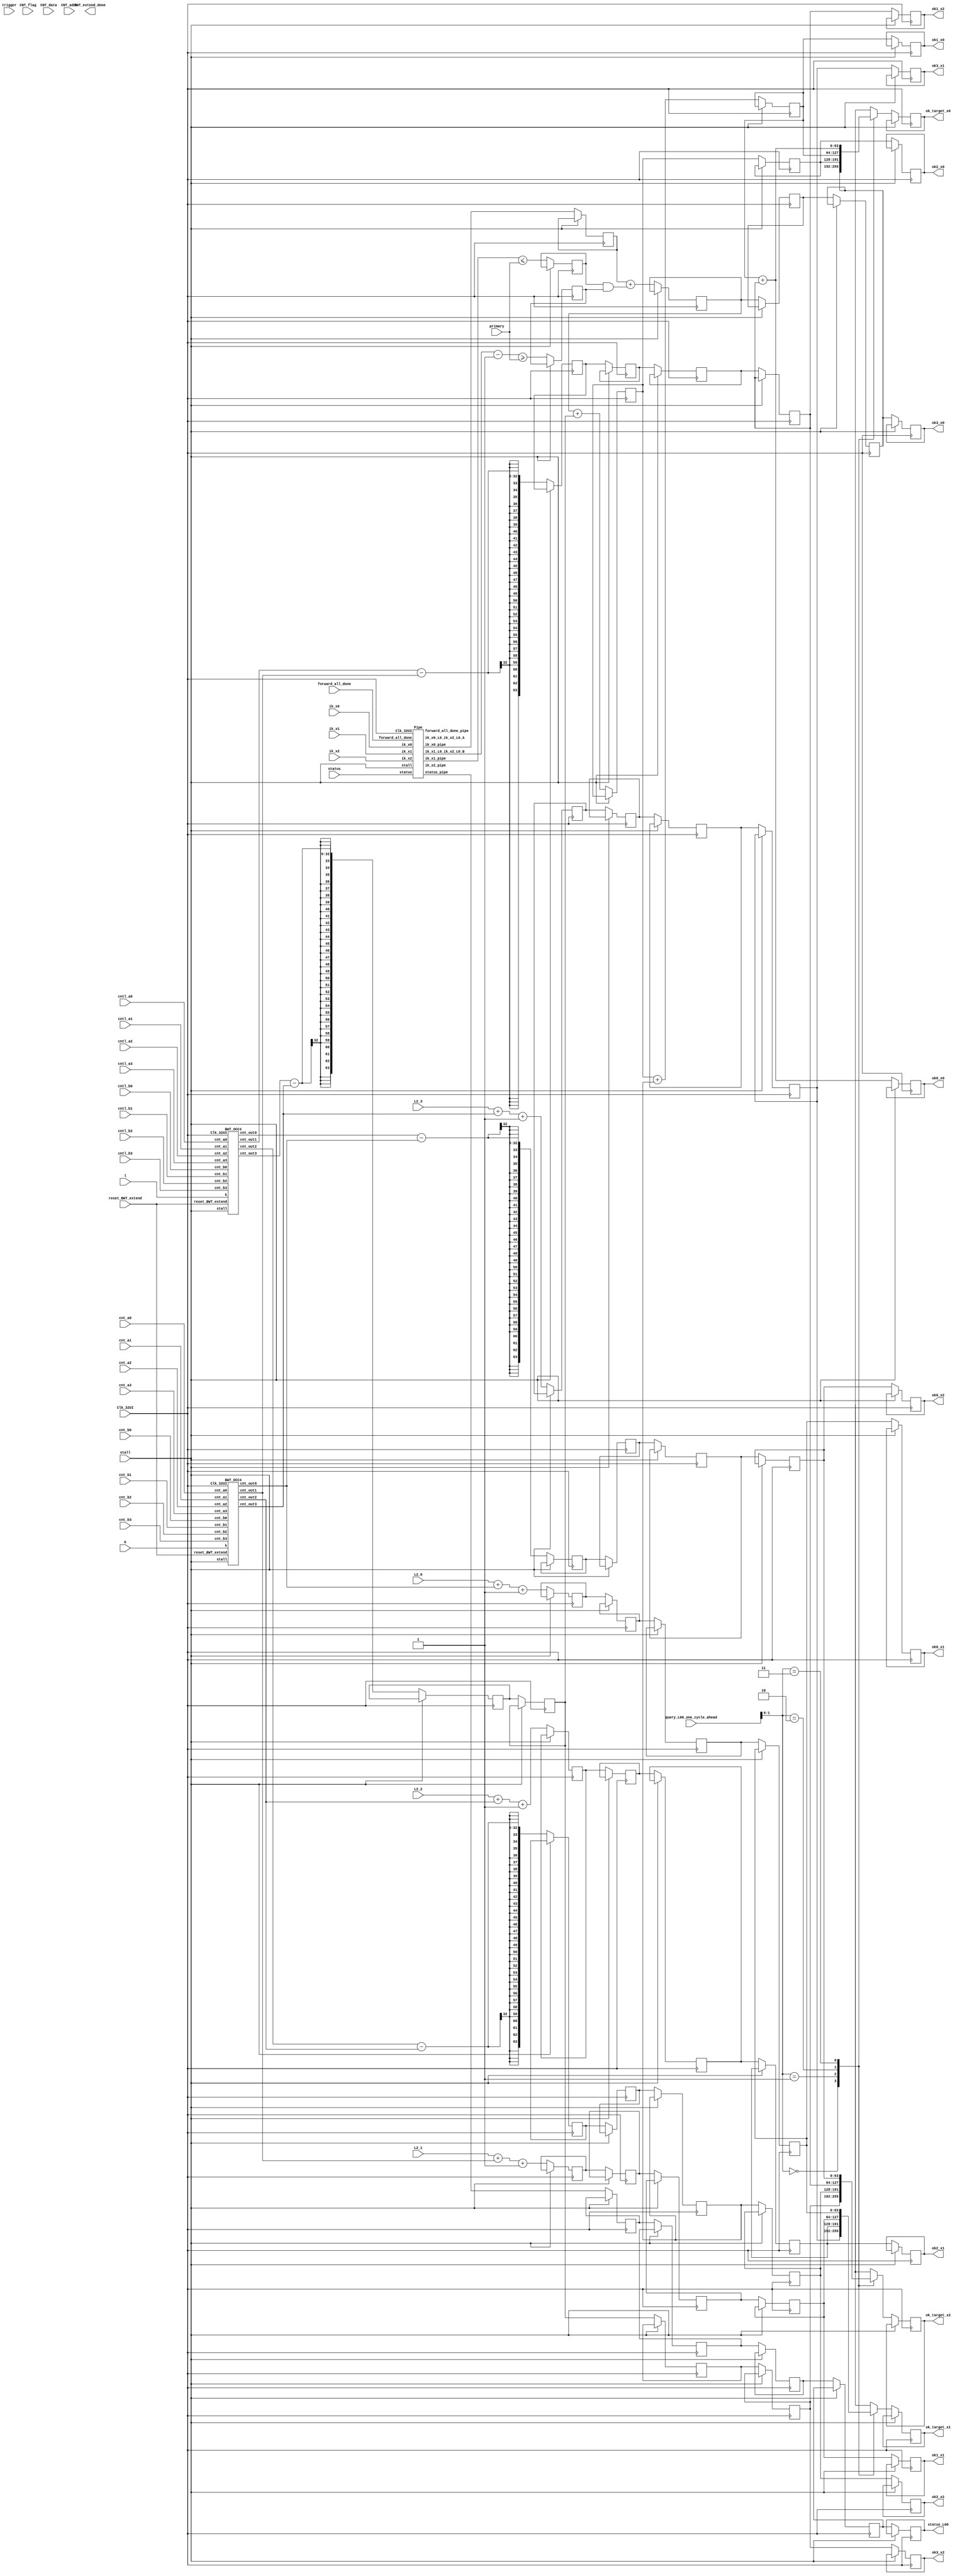
// 10.31 aims to decrease BWT_extend cycles

////////////////////////////////////////////////////
// BWT_extend                                     //
////////////////////////////////////////////////////

// input cnt+cntl(cntk & cntl), cntk is the 4 consecutive value from p : p = bwt_occ_intv(bwt, k);

// cntb0,1,2,3 are 4 consecutive p value request from bwt. calculating b from bwt
// for (x = 0; p < end; ++p) x += __occ_aux4(bwt, *p)

// ik the values and boundarys: ik_x0/ik_x1(start), + ik_x2 (end). also used when calculting ok
//k and l are boundary, should just be ik_x0 & ik_x0+ik_x2

//the request should just be the position of p = bwt_occ_intv(bwt, k);
// each calculation calculates the position of bwt's k and bwt's l, 
//and request the value following 4*64(4*cnt_a0)  +  use another 8 consecutive 32 BITS value. so in total 1CLs for 1 request.
//memcpy(cnt, p, 4 * sizeof(bwtint_t)); 
//	p +=  8
//	end = p + 4;
//L2:cumulative count
//request k and l ????????/

//output: ok

`define CL 512
`define MAX_READ 1024
`define READ_NUM_WIDTH 10

module BWT_extend(
	input stall,
	
	input [5:0] status,
	
	input Clk_32UI,
	input reset_BWT_extend, //reset
	input forward_all_done, 
	input CNT_flag,
	input [63:0] CNT_data,
	input [7:0]  CNT_addr,
	input trigger,
	input [63:0] primary, // fix value
	input [63:0] k,l,
	input [31:0] cnt_a0,cnt_a1,cnt_a2,cnt_a3,
	input [63:0] cnt_b0,cnt_b1,cnt_b2,cnt_b3,
	input [31:0] cntl_a0,cntl_a1,cntl_a2,cntl_a3,
	input [63:0] cntl_b0,cntl_b1,cntl_b2,cntl_b3,
	input [63:0] L2_0, L2_1, L2_2, L2_3, //fix value
	input [63:0] ik_x0, ik_x1, ik_x2,

	output reg BWT_extend_done,
	output reg [63:0] ok0_x0, ok0_x1, ok0_x2,
	output reg [63:0] ok1_x0, ok1_x1, ok1_x2,
	output reg [63:0] ok2_x0, ok2_x1, ok2_x2,
	output reg [63:0] ok3_x0, ok3_x1, ok3_x2,
	
	output reg [5:0] status_L00,
	
	input [7:0] query_L00_one_cycle_ahead,
	output reg [63:0] ok_target_x0, ok_target_x1, ok_target_x2
);

	parameter Len = 101;
	
	parameter F_init = 	6'b00_0001; // F_init will disable the forward pipeline
	parameter F_run =  	6'b00_0010;
	parameter F_break = 6'b00_0100;
	parameter BCK_INI = 6'b00_1000;	//100
	parameter BCK_RUN = 6'b01_0000;	//101
	parameter BCK_END = 6'b10_0000;	//110
	parameter BUBBLE = 	6'b00_0000;
	
	wire finish_k, finish_l, BWT_2occ4_finish;
	wire [31:0] cnt_tk_out0,cnt_tk_out1,cnt_tk_out2,cnt_tk_out3;
	wire [31:0] cnt_tl_out0,cnt_tl_out1,cnt_tl_out2,cnt_tl_out3;

   
	BWT_OCC4 BWT_OCC4_k(
		.stall(stall),
		.reset_BWT_extend(reset_BWT_extend),
		.Clk_32UI       (Clk_32UI),
		.k              (k),
		.cnt_a0         (cnt_a0),
		.cnt_a1         (cnt_a1),
		.cnt_a2         (cnt_a2),
		.cnt_a3         (cnt_a3),
		.cnt_b0         (cnt_b0),
		.cnt_b1         (cnt_b1),
		.cnt_b2         (cnt_b2),
		.cnt_b3         (cnt_b3),
		.cnt_out0       (cnt_tk_out0),
		.cnt_out1       (cnt_tk_out1),
		.cnt_out2       (cnt_tk_out2),
		.cnt_out3       (cnt_tk_out3)
	);

	BWT_OCC4 BWT_OCC4_l(
		.stall(stall),
		.reset_BWT_extend(reset_BWT_extend),
		.Clk_32UI       (Clk_32UI),
		.k              (l),
		.cnt_a0         (cntl_a0),
		.cnt_a1         (cntl_a1),
		.cnt_a2         (cntl_a2),
		.cnt_a3         (cntl_a3),
		.cnt_b0         (cntl_b0),
		.cnt_b1         (cntl_b1),
		.cnt_b2         (cntl_b2),
		.cnt_b3         (cntl_b3),
		.cnt_out0       (cnt_tl_out0),
		.cnt_out1       (cnt_tl_out1),
		.cnt_out2       (cnt_tl_out2),
		.cnt_out3       (cnt_tl_out3)
	);
	
	//=================================================
	wire [63:0] ik_x0_L0, ik_x1_L0, ik_x2_L0;
	wire [63:0] ik_x0_L0_ik_x2_L0_A;
	wire [63:0] ik_x1_L0_ik_x2_L0_B;
	reg  [63:0] ik_x0_L1, ik_x1_L1, ik_x2_L1;
	
	wire forward_all_done_L0;
	reg forward_all_done_L1;
	reg forward_all_done_L2;
	reg forward_all_done_L3;
	reg forward_all_done_L4;
	
	wire [5:0] status_L0;
	reg  [5:0] status_L1, status_L2, status_L3, status_L4;
	
	Pipe pipe(
		.stall(stall),
		.Clk_32UI(Clk_32UI),
		
		.ik_x0(ik_x0),
		.ik_x1(ik_x1),
		.ik_x2(ik_x2),
		.forward_all_done(forward_all_done),
		.status(status),
		
		.ik_x0_pipe(ik_x0_L0),
		.ik_x1_pipe(ik_x1_L0),
		.ik_x2_pipe(ik_x2_L0),
		.ik_x0_L0_ik_x2_L0_A(ik_x0_L0_ik_x2_L0_A),
		.ik_x1_L0_ik_x2_L0_B(ik_x1_L0_ik_x2_L0_B),
		.forward_all_done_pipe(forward_all_done_L0),		
		.status_pipe(status_L0)
	);
	
	reg [63:0] ok0_x2_L1, ok1_x2_L1, ok2_x2_L1, ok3_x2_L1;
	reg [63:0] ok0_x2_L2, ok1_x2_L2, ok2_x2_L2, ok3_x2_L2;
	reg [63:0] ok0_x2_L3, ok1_x2_L3, ok2_x2_L3, ok3_x2_L3;
	reg [63:0] ok0_x2_L4, ok1_x2_L4, ok2_x2_L4, ok3_x2_L4;
	
	reg [63:0] ok0_x1_L1, ok1_x1_L1, ok2_x1_L1, ok3_x1_L1;
	reg [63:0] ok0_x1_L2, ok1_x1_L2, ok2_x1_L2, ok3_x1_L2;
	reg [63:0] ok0_x1_L3, ok1_x1_L3, ok2_x1_L3, ok3_x1_L3;
	reg [63:0] ok0_x1_L4, ok1_x1_L4, ok2_x1_L4, ok3_x1_L4;
	
	reg [63:0] ok0_x0_L1, ok1_x0_L1, ok2_x0_L1, ok3_x0_L1;
	reg [63:0] ok0_x0_L2, ok1_x0_L2, ok2_x0_L2, ok3_x0_L2;
	reg [63:0] ok0_x0_L3, ok1_x0_L3, ok2_x0_L3, ok3_x0_L3;
	reg [63:0] ok0_x0_L4, ok1_x0_L4, ok2_x0_L4, ok3_x0_L4;
	
	wire [63:0] primary_add_1 = primary + 1;
	reg is_x1_add_A, is_x1_add_B, is_x0_add_C, is_x0_add_D;
	
	// L1
	always@(posedge Clk_32UI) begin
	if(!stall) begin
		ok0_x2_L1 <= cnt_tl_out0 - cnt_tk_out0;
		ok1_x2_L1 <= cnt_tl_out1 - cnt_tk_out1;
		ok2_x2_L1 <= cnt_tl_out2 - cnt_tk_out2;
		ok3_x2_L1 <= cnt_tl_out3 - cnt_tk_out3;   
		

			ok0_x1_L1 <= L2_0 + cnt_tk_out0 + 1;
			ok1_x1_L1 <= L2_1 + cnt_tk_out1 + 1;
			ok2_x1_L1 <= L2_2 + cnt_tk_out2 + 1;
			ok3_x1_L1 <= L2_3 + cnt_tk_out3 + 1;
			
			is_x0_add_C <= (ik_x1_L0 <= primary);
			is_x0_add_D <= (ik_x1_L0_ik_x2_L0_B - 1 >= primary);
		
		ik_x1_L1 <= ik_x1_L0;
		ik_x0_L1 <= ik_x0_L0;
		forward_all_done_L1 <= forward_all_done_L0;
		status_L1 <= status_L0;
	end
	end
	//L2
	always@(posedge Clk_32UI) begin
	if(!stall) begin

		
			ok3_x0_L2 <= ik_x0_L1 + (is_x0_add_C & is_x0_add_D);
			
			ok0_x1_L2 <= ok0_x1_L1;
			ok1_x1_L2 <= ok1_x1_L1;
			ok2_x1_L2 <= ok2_x1_L1;
			ok3_x1_L2 <= ok3_x1_L1;
		
		
		forward_all_done_L2 <= forward_all_done_L1;
		ok0_x2_L2 <= ok0_x2_L1;
		ok1_x2_L2 <= ok1_x2_L1;
		ok2_x2_L2 <= ok2_x2_L1;
		ok3_x2_L2 <= ok3_x2_L1;   
		status_L2 <= status_L1;
	end
	end
	
	//L3
	always@(posedge Clk_32UI) begin
	if(!stall) begin

			ok2_x0_L3 <= ok3_x0_L2 + ok3_x2_L2;
			
			ok3_x0_L3 <= ok3_x0_L2;
 			
			ok0_x1_L3 <= ok0_x1_L2;
			ok1_x1_L3 <= ok1_x1_L2;
			ok2_x1_L3 <= ok2_x1_L2;
			ok3_x1_L3 <= ok3_x1_L2;
		
		forward_all_done_L3 <= forward_all_done_L2;
		ok0_x2_L3 <= ok0_x2_L2;
		ok1_x2_L3 <= ok1_x2_L2;
		ok2_x2_L3 <= ok2_x2_L2;
		ok3_x2_L3 <= ok3_x2_L2;  
		status_L3 <= status_L2;		
	end
	end
	
	//L4
	always@(posedge Clk_32UI) begin
	if(!stall) begin

		
			ok1_x0_L4 <= ok2_x0_L3 + ok2_x2_L3;
			
			ok2_x0_L4 <= ok2_x0_L3;
			ok3_x0_L4 <= ok3_x0_L3;
			
			ok0_x1_L4 <= ok0_x1_L3;
			ok1_x1_L4 <= ok1_x1_L3;
			ok2_x1_L4 <= ok2_x1_L3;
			ok3_x1_L4 <= ok3_x1_L3;
		
		forward_all_done_L4 <= forward_all_done_L3;
		ok0_x2_L4 <= ok0_x2_L3;
		ok1_x2_L4 <= ok1_x2_L3;
		ok2_x2_L4 <= ok2_x2_L3;
		ok3_x2_L4 <= ok3_x2_L3;   
		status_L4 <= status_L3;
	end
	end
	//L5
	always@(posedge Clk_32UI) begin
	if(!stall) begin

		
			ok0_x0 <= ok1_x0_L4 + ok1_x2_L4;
			ok1_x0 <= ok1_x0_L4;
			ok2_x0 <= ok2_x0_L4;
			ok3_x0 <= ok3_x0_L4;
			
			ok0_x1 <= ok0_x1_L4;
			ok1_x1 <= ok1_x1_L4;
			ok2_x1 <= ok2_x1_L4;
			ok3_x1 <= ok3_x1_L4;
		
		ok0_x2 <= ok0_x2_L4;
		ok1_x2 <= ok1_x2_L4;
		ok2_x2 <= ok2_x2_L4;
		ok3_x2 <= ok3_x2_L4;   
		status_L00 <= status_L4;
		
		case(query_L00_one_cycle_ahead[1:0])
			0:begin
				ok_target_x0 <= ok3_x0_L4;
				ok_target_x1 <= ok3_x1_L4;
				ok_target_x2 <= ok3_x2_L4;
			end
			
			1:begin
				ok_target_x0 <= ok2_x0_L4;
				ok_target_x1 <= ok2_x1_L4;
				ok_target_x2 <= ok2_x2_L4;
;
			end
			
			2:begin
				ok_target_x0 <= ok1_x0_L4;
				ok_target_x1 <= ok1_x1_L4;
				ok_target_x2 <= ok1_x2_L4;
			end
			
			3:begin
				ok_target_x0 <= ok1_x0_L4 + ok1_x2_L4;
				ok_target_x1 <= ok0_x1_L4;
				ok_target_x2 <= ok0_x2_L4;
			end
		endcase
	end
	end
endmodule

///////////////////////////////////////////////////////////////////////////////////
//true_dpram_sclk is for CNT table
//push_mem is to store result, mem_out
//quary queue should be the read?
///////////////////////////////////////////////////////////////////////////////////

////////////////////////////////////////////////////
// BWT_OCC4                                       //
////////////////////////////////////////////////////

//output is the the output of bwt_occ4: cnt[4]

module BWT_OCC4(
	input stall,
	input reset_BWT_extend,
   input Clk_32UI,

   input [63:0] k,
   input [31:0] cnt_a0,cnt_a1,cnt_a2,cnt_a3,
   input [63:0] cnt_b0,cnt_b1,cnt_b2,cnt_b3,

   output reg [31:0] cnt_out0,cnt_out1,cnt_out2,cnt_out3
);


   

   wire [63:0] x_new_reg;
   wire [31:0] mask;
   
   reg [31:0] ram1[255:0];
   reg [31:0] ram2[255:0];
 
   reg[31:0] x_reg, x_licheng, x_licheng_q, x_licheng_r;
   reg [2:0] mem_counter_q,mem_counter_q1,mem_counter_q2;  
	
	//assign loop_times = k[6:4];
	assign mask = ~((1<<((~k & 15)<<1)) - 1);
	reg[31:0] tmp, tmp_q;
	
	//------------------------------------------------
	//level 1
	reg [63:0] k_L1;
	reg [31:0] cnt_a0_L1,cnt_a1_L1,cnt_a2_L1,cnt_a3_L1;
    reg [63:0] cnt_b0_L1,cnt_b1_L1,cnt_b2_L1,cnt_b3_L1;
	
	always@(*)
	begin
		case(k[6:4])
			3'd0: tmp = cnt_b0[31:0] & mask;
			3'd1: tmp = cnt_b0[63:32] & mask;
			3'd2: tmp = cnt_b1[31:0] & mask;
			3'd3: tmp = cnt_b1[63:32] & mask;
			3'd4: tmp = cnt_b2[31:0] & mask;
			3'd5: tmp = cnt_b2[63:32] & mask;
			3'd6: tmp = cnt_b3[31:0] & mask;
			3'd7: tmp = cnt_b3[63:32] & mask;
			default: tmp = 0;
		endcase
	end
	
	always@(posedge Clk_32UI) begin
	if(!stall) begin
		cnt_b0_L1 <= cnt_b0;
		
		cnt_a0_L1 <= cnt_a0;
		
		tmp_q <= tmp;
		
		k_L1 <= k;
		
		
		
		cnt_a1_L1 <= cnt_a1; 
		
		cnt_a2_L1 <= cnt_a2; 
		
		cnt_a3_L1 <= cnt_a3;
		
		 
		
		cnt_b1_L1 <= cnt_b1; 
		
		cnt_b2_L1 <= cnt_b2; 
		
		cnt_b3_L1 <= cnt_b3;
	end
	end
	//------------------------------------------------
	reg[31:0] sum1_r, sum2_r, sum3_r, sum4_r, sum5_r, sum6_r, sum7_r, sum8_r;
	
    reg[31:0] sum1, sum2, sum3, sum4, sum5, sum6, sum7, sum8;
	reg[31:0] sum1_q, sum2_q, sum3_q, sum4_q, sum5_q, sum6_q, sum7_q, sum8_q;
	reg[31:0] sum1_qq, sum2_qq, sum3_qq, sum4_qq, sum5_qq, sum6_qq, sum7_qq, sum8_qq;
	
	reg[31:0] sum1_1, sum2_1, sum3_1, sum4_1, sum5_1, sum6_1, sum7_1, sum8_1;
	reg[31:0] sum1_2, sum2_2, sum3_2, sum4_2, sum5_2, sum6_2, sum7_2, sum8_2;
	
	reg[31:0] sum1_1_q, sum2_1_q, sum3_1_q, sum4_1_q, sum5_1_q, sum6_1_q, sum7_1_q, sum8_1_q;
	reg[31:0] sum1_2_q, sum2_2_q, sum3_2_q, sum4_2_q, sum5_2_q, sum6_2_q, sum7_2_q, sum8_2_q;
	
	reg [63:0] k_L2;
	reg [31:0] cnt_a0_L2,cnt_a1_L2,cnt_a2_L2,cnt_a3_L2;
	
	//L2
	always@(*) begin
		sum1_1 = ram2[tmp_q[7:0]] + ram2[tmp_q[15:8]];
		sum1_2 = ram2[tmp_q[23:16]] + ram2[tmp_q[31:24]];
		
		sum2_1 = ram2[cnt_b0_L1[7:0]] + ram2[cnt_b0_L1[15:8]];
		sum2_2 = ram2[cnt_b0_L1[23:16]] + ram2[cnt_b0_L1[31:24]];
		
		sum3_1 = ram2[cnt_b0_L1[39:32]] + ram2[cnt_b0_L1[47:40]];
		sum3_2 = ram2[cnt_b0_L1[55:48]] + ram2[cnt_b0_L1[63:56]];
		
		sum4_1 = ram2[cnt_b1_L1[7:0]] + ram2[cnt_b1_L1[15:8]];
		sum4_2 = ram2[cnt_b1_L1[23:16]] + ram2[cnt_b1_L1[31:24]];
		
		sum5_1 = ram2[cnt_b1_L1[39:32]] + ram2[cnt_b1_L1[47:40]];
		sum5_2 = ram2[cnt_b1_L1[55:48]] + ram2[cnt_b1_L1[63:56]];
		
		sum6_1 = ram2[cnt_b2_L1[7:0]] + ram2[cnt_b2_L1[15:8]];
		sum6_2 = ram2[cnt_b2_L1[23:16]] + ram2[cnt_b2_L1[31:24]];
		
		sum7_1 = ram2[cnt_b2_L1[39:32]] + ram2[cnt_b2_L1[47:40]];
		sum7_2 = ram2[cnt_b2_L1[55:48]] + ram2[cnt_b2_L1[63:56]];
		
		sum8_1 = ram2[cnt_b3_L1[7:0]] + ram2[cnt_b3_L1[15:8]];
		sum8_2 = ram2[cnt_b3_L1[23:16]] + ram2[cnt_b3_L1[31:24]];
	end
	
	always@(posedge Clk_32UI) begin
	if(!stall) begin
		sum1_1_q <= sum1_1;
		sum1_2_q <= sum1_2;
		
		sum2_1_q <= sum2_1;
		sum2_2_q <= sum2_2;
		
		sum3_1_q <= sum3_1;
		sum3_2_q <= sum3_2;
		
		sum4_1_q <= sum4_1;
		sum4_2_q <= sum4_2;
		
		sum5_1_q <= sum5_1;
		sum5_2_q <= sum5_2;
		
		sum6_1_q <= sum6_1;
		sum6_2_q <= sum6_2;
		
		sum7_1_q <= sum7_1;
		sum7_2_q <= sum7_2;
		
		sum8_1_q <= sum8_1;
		sum8_2_q <= sum8_2;	
		
		k_L2 <= k_L1;
		cnt_a0_L2 <= cnt_a0_L1;
		cnt_a1_L2 <= cnt_a1_L1; 
		cnt_a2_L2 <= cnt_a2_L1; 
		cnt_a3_L2 <= cnt_a3_L1;
	end
	end
	//------------------------------------------------
	
	reg [63:0] k_L3;
	reg [31:0] cnt_a0_L3,cnt_a1_L3,cnt_a2_L3,cnt_a3_L3;
	
	//L3
	always@(*) begin
		sum1 = sum1_1_q + sum1_2_q;
		sum2 = sum2_1_q + sum2_2_q;
		sum3 = sum3_1_q + sum3_2_q;
		sum4 = sum4_1_q + sum4_2_q;
		sum5 = sum5_1_q + sum5_2_q;
		sum6 = sum6_1_q + sum6_2_q;
		sum7 = sum7_1_q + sum7_2_q;
		sum8 = sum8_1_q + sum8_2_q;
	end
	
	always@(posedge Clk_32UI) begin
	if(!stall) begin
		sum1_q <= sum1;
		sum2_q <= sum2;
		sum3_q <= sum3;
		sum4_q <= sum4;
		sum5_q <= sum5;
		sum6_q <= sum6;
		sum7_q <= sum7;
		sum8_q <= sum8;
		
		k_L3 <= k_L2;
		cnt_a0_L3 <= cnt_a0_L2;
		cnt_a1_L3 <= cnt_a1_L2; 
		cnt_a2_L3 <= cnt_a2_L2; 
		cnt_a3_L3 <= cnt_a3_L2;
	end
	end
	//------------------------------------------------
	
	reg [31:0] total_12, total_34, total_56, total_78;
	reg [31:0] total_12_q, total_34_q, total_56_q, total_78_q;
	
	reg [31:0] total_1, total_5, total_123, total_567, total_1234, total_5678;
	reg [31:0] total_1_q, total_5_q, total_123_q, total_567_q, total_1234_q, total_5678_q;
	
	reg [31:0] total_12_qq, total_56_qq;
	
	reg [63:0] k_L4;
	reg [31:0] cnt_a0_L4,cnt_a1_L4,cnt_a2_L4,cnt_a3_L4;
	
	//L4
	always@(*) begin
		total_12 = sum1_q + sum2_q;
		total_34 = sum3_q + sum4_q;
		total_56 = sum5_q + sum6_q;
		total_78 = sum7_q + sum8_q;	
	end
	
	always@(posedge Clk_32UI) begin
	if(!stall) begin
		total_12_q <= total_12;
		total_34_q <= total_34;
		total_56_q <= total_56;
		total_78_q <= total_78;
		
		sum1_qq <= sum1_q;
		// /*sum2_qq <= sum2_q;
		sum3_qq <= sum3_q;
		// sum4_qq <= sum4_q;*/
		sum5_qq <= sum5_q;
		// /*sum6_qq <= sum6_q;
		sum7_qq <= sum7_q;
		// sum8_qq <= sum8_q;*/
		
		k_L4 <= k_L3;
		cnt_a0_L4 <= cnt_a0_L3;
		cnt_a1_L4 <= cnt_a1_L3; 
		cnt_a2_L4 <= cnt_a2_L3; 
		cnt_a3_L4 <= cnt_a3_L3;
	end
	end
	//------------------------------------------------
    reg [63:0] k_L5;
	reg [31:0] cnt_a0_L5,cnt_a1_L5,cnt_a2_L5,cnt_a3_L5;
	
	//L5
	always@(*) begin
		total_1 = sum1_qq;
		// /*total_12 unchanged*/
		total_123 = total_12_q + sum3_qq;
		total_1234 = total_12_q + total_34_q;
		
		total_5 = sum5_qq;
		// /*total_56 unchanged*/
		total_567 = total_56_q + sum7_qq;
		total_5678 = total_56_q + total_78_q;
	end
	
	always@(posedge Clk_32UI) begin
	if(!stall) begin
		total_1_q <= total_1;
		total_12_qq <= total_12_q;
		total_123_q <= total_123;
		total_1234_q <= total_1234;
	
		total_5_q <= total_5;
		total_56_qq <= total_56_q;
		total_567_q <= total_567;
		total_5678_q <= total_5678;
		
		k_L5 <= k_L4;
		cnt_a0_L5 <= cnt_a0_L4;
		cnt_a1_L5 <= cnt_a1_L4; 
		cnt_a2_L5 <= cnt_a2_L4; 
		cnt_a3_L5 <= cnt_a3_L4;
	end
	end
	//------------------------------------------------
	reg [63:0] k_L6;
	reg [31:0] cnt_a0_L6,cnt_a1_L6,cnt_a2_L6,cnt_a3_L6;
	
	//L6
	always@(*) begin
		case(k_L5[6:4])
			
			3'd0:x_licheng = total_1_q;
			3'd1:x_licheng = total_12_qq;
			3'd2:x_licheng = total_123_q;
			3'd3:x_licheng = total_1234_q;
			3'd4:x_licheng = total_1234_q + total_5_q;
			3'd5:x_licheng = total_1234_q + total_56_qq;
			3'd6:x_licheng = total_1234_q + total_567_q;
			3'd7:x_licheng = total_1234_q + total_5678_q;

			default: x_licheng = 0;
		endcase
	end
	
	always@(posedge Clk_32UI) begin
	if(!stall) begin
		x_licheng_q <= x_licheng;
		
		k_L6 <= k_L5;
		cnt_a0_L6 <= cnt_a0_L5;
		cnt_a1_L6 <= cnt_a1_L5; 
		cnt_a2_L6 <= cnt_a2_L5; 
		cnt_a3_L6 <= cnt_a3_L5;
	end
	end
	//=================================================
   
   //L7
   assign x_new_reg = x_licheng_q - (~k_L6 & 15); 
   
   always @(posedge Clk_32UI) begin
   if(!stall) begin
   		cnt_out0 <= cnt_a0_L6 + x_new_reg[7:0];
   		cnt_out1 <= cnt_a1_L6 + x_new_reg[15:8];
   		cnt_out2 <= cnt_a2_L6 + x_new_reg[23:16];
   		cnt_out3 <= cnt_a3_L6 + x_new_reg[31:24];    			
   end  
   end
   
   //======================================================================
	
	always @(posedge Clk_32UI) begin
		if(!reset_BWT_extend) begin
			ram2[0] <= 32'h4;
			ram2[1] <= 32'h103;
			ram2[2] <= 32'h10003;
			ram2[3] <= 32'h1000003;
			ram2[4] <= 32'h103;
			ram2[5] <= 32'h202;
			ram2[6] <= 32'h10102;
			ram2[7] <= 32'h1000102;
			ram2[8] <= 32'h10003;
			ram2[9] <= 32'h10102;
			ram2[10] <= 32'h20002;
			ram2[11] <= 32'h1010002;
			ram2[12] <= 32'h1000003;
			ram2[13] <= 32'h1000102;
			ram2[14] <= 32'h1010002;
			ram2[15] <= 32'h2000002;
			ram2[16] <= 32'h103;
			ram2[17] <= 32'h202;
			ram2[18] <= 32'h10102;
			ram2[19] <= 32'h1000102;
			ram2[20] <= 32'h202;
			ram2[21] <= 32'h301;
			ram2[22] <= 32'h10201;
			ram2[23] <= 32'h1000201;
			ram2[24] <= 32'h10102;
			ram2[25] <= 32'h10201;
			ram2[26] <= 32'h20101;
			ram2[27] <= 32'h1010101;
			ram2[28] <= 32'h1000102;
			ram2[29] <= 32'h1000201;
			ram2[30] <= 32'h1010101;
			ram2[31] <= 32'h2000101;
			ram2[32] <= 32'h10003;
			ram2[33] <= 32'h10102;
			ram2[34] <= 32'h20002;
			ram2[35] <= 32'h1010002;
			ram2[36] <= 32'h10102;
			ram2[37] <= 32'h10201;
			ram2[38] <= 32'h20101;
			ram2[39] <= 32'h1010101;
			ram2[40] <= 32'h20002;
			ram2[41] <= 32'h20101;
			ram2[42] <= 32'h30001;
			ram2[43] <= 32'h1020001;
			ram2[44] <= 32'h1010002;
			ram2[45] <= 32'h1010101;
			ram2[46] <= 32'h1020001;
			ram2[47] <= 32'h2010001;
			ram2[48] <= 32'h1000003;
			ram2[49] <= 32'h1000102;
			ram2[50] <= 32'h1010002;
			ram2[51] <= 32'h2000002;
			ram2[52] <= 32'h1000102;
			ram2[53] <= 32'h1000201;
			ram2[54] <= 32'h1010101;
			ram2[55] <= 32'h2000101;
			ram2[56] <= 32'h1010002;
			ram2[57] <= 32'h1010101;
			ram2[58] <= 32'h1020001;
			ram2[59] <= 32'h2010001;
			ram2[60] <= 32'h2000002;
			ram2[61] <= 32'h2000101;
			ram2[62] <= 32'h2010001;
			ram2[63] <= 32'h3000001;
			ram2[64] <= 32'h103;
			ram2[65] <= 32'h202;
			ram2[66] <= 32'h10102;
			ram2[67] <= 32'h1000102;
			ram2[68] <= 32'h202;
			ram2[69] <= 32'h301;
			ram2[70] <= 32'h10201;
			ram2[71] <= 32'h1000201;
			ram2[72] <= 32'h10102;
			ram2[73] <= 32'h10201;
			ram2[74] <= 32'h20101;
			ram2[75] <= 32'h1010101;
			ram2[76] <= 32'h1000102;
			ram2[77] <= 32'h1000201;
			ram2[78] <= 32'h1010101;
			ram2[79] <= 32'h2000101;
			ram2[80] <= 32'h202;
			ram2[81] <= 32'h301;
			ram2[82] <= 32'h10201;
			ram2[83] <= 32'h1000201;
			ram2[84] <= 32'h301;
			ram2[85] <= 32'h400;
			ram2[86] <= 32'h10300;
			ram2[87] <= 32'h1000300;
			ram2[88] <= 32'h10201;
			ram2[89] <= 32'h10300;
			ram2[90] <= 32'h20200;
			ram2[91] <= 32'h1010200;
			ram2[92] <= 32'h1000201;
			ram2[93] <= 32'h1000300;
			ram2[94] <= 32'h1010200;
			ram2[95] <= 32'h2000200;
			ram2[96] <= 32'h10102;
			ram2[97] <= 32'h10201;
			ram2[98] <= 32'h20101;
			ram2[99] <= 32'h1010101;
			ram2[100] <= 32'h10201;
			ram2[101] <= 32'h10300;
			ram2[102] <= 32'h20200;
			ram2[103] <= 32'h1010200;
			ram2[104] <= 32'h20101;
			ram2[105] <= 32'h20200;
			ram2[106] <= 32'h30100;
			ram2[107] <= 32'h1020100;
			ram2[108] <= 32'h1010101;
			ram2[109] <= 32'h1010200;
			ram2[110] <= 32'h1020100;
			ram2[111] <= 32'h2010100;
			ram2[112] <= 32'h1000102;
			ram2[113] <= 32'h1000201;
			ram2[114] <= 32'h1010101;
			ram2[115] <= 32'h2000101;
			ram2[116] <= 32'h1000201;
			ram2[117] <= 32'h1000300;
			ram2[118] <= 32'h1010200;
			ram2[119] <= 32'h2000200;
			ram2[120] <= 32'h1010101;
			ram2[121] <= 32'h1010200;
			ram2[122] <= 32'h1020100;
			ram2[123] <= 32'h2010100;
			ram2[124] <= 32'h2000101;
			ram2[125] <= 32'h2000200;
			ram2[126] <= 32'h2010100;
			ram2[127] <= 32'h3000100;
			ram2[128] <= 32'h10003;
			ram2[129] <= 32'h10102;
			ram2[130] <= 32'h20002;
			ram2[131] <= 32'h1010002;
			ram2[132] <= 32'h10102;
			ram2[133] <= 32'h10201;
			ram2[134] <= 32'h20101;
			ram2[135] <= 32'h1010101;
			ram2[136] <= 32'h20002;
			ram2[137] <= 32'h20101;
			ram2[138] <= 32'h30001;
			ram2[139] <= 32'h1020001;
			ram2[140] <= 32'h1010002;
			ram2[141] <= 32'h1010101;
			ram2[142] <= 32'h1020001;
			ram2[143] <= 32'h2010001;
			ram2[144] <= 32'h10102;
			ram2[145] <= 32'h10201;
			ram2[146] <= 32'h20101;
			ram2[147] <= 32'h1010101;
			ram2[148] <= 32'h10201;
			ram2[149] <= 32'h10300;
			ram2[150] <= 32'h20200;
			ram2[151] <= 32'h1010200;
			ram2[152] <= 32'h20101;
			ram2[153] <= 32'h20200;
			ram2[154] <= 32'h30100;
			ram2[155] <= 32'h1020100;
			ram2[156] <= 32'h1010101;
			ram2[157] <= 32'h1010200;
			ram2[158] <= 32'h1020100;
			ram2[159] <= 32'h2010100;
			ram2[160] <= 32'h20002;
			ram2[161] <= 32'h20101;
			ram2[162] <= 32'h30001;
			ram2[163] <= 32'h1020001;
			ram2[164] <= 32'h20101;
			ram2[165] <= 32'h20200;
			ram2[166] <= 32'h30100;
			ram2[167] <= 32'h1020100;
			ram2[168] <= 32'h30001;
			ram2[169] <= 32'h30100;
			ram2[170] <= 32'h40000;
			ram2[171] <= 32'h1030000;
			ram2[172] <= 32'h1020001;
			ram2[173] <= 32'h1020100;
			ram2[174] <= 32'h1030000;
			ram2[175] <= 32'h2020000;
			ram2[176] <= 32'h1010002;
			ram2[177] <= 32'h1010101;
			ram2[178] <= 32'h1020001;
			ram2[179] <= 32'h2010001;
			ram2[180] <= 32'h1010101;
			ram2[181] <= 32'h1010200;
			ram2[182] <= 32'h1020100;
			ram2[183] <= 32'h2010100;
			ram2[184] <= 32'h1020001;
			ram2[185] <= 32'h1020100;
			ram2[186] <= 32'h1030000;
			ram2[187] <= 32'h2020000;
			ram2[188] <= 32'h2010001;
			ram2[189] <= 32'h2010100;
			ram2[190] <= 32'h2020000;
			ram2[191] <= 32'h3010000;
			ram2[192] <= 32'h1000003;
			ram2[193] <= 32'h1000102;
			ram2[194] <= 32'h1010002;
			ram2[195] <= 32'h2000002;
			ram2[196] <= 32'h1000102;
			ram2[197] <= 32'h1000201;
			ram2[198] <= 32'h1010101;
			ram2[199] <= 32'h2000101;
			ram2[200] <= 32'h1010002;
			ram2[201] <= 32'h1010101;
			ram2[202] <= 32'h1020001;
			ram2[203] <= 32'h2010001;
			ram2[204] <= 32'h2000002;
			ram2[205] <= 32'h2000101;
			ram2[206] <= 32'h2010001;
			ram2[207] <= 32'h3000001;
			ram2[208] <= 32'h1000102;
			ram2[209] <= 32'h1000201;
			ram2[210] <= 32'h1010101;
			ram2[211] <= 32'h2000101;
			ram2[212] <= 32'h1000201;
			ram2[213] <= 32'h1000300;
			ram2[214] <= 32'h1010200;
			ram2[215] <= 32'h2000200;
			ram2[216] <= 32'h1010101;
			ram2[217] <= 32'h1010200;
			ram2[218] <= 32'h1020100;
			ram2[219] <= 32'h2010100;
			ram2[220] <= 32'h2000101;
			ram2[221] <= 32'h2000200;
			ram2[222] <= 32'h2010100;
			ram2[223] <= 32'h3000100;
			ram2[224] <= 32'h1010002;
			ram2[225] <= 32'h1010101;
			ram2[226] <= 32'h1020001;
			ram2[227] <= 32'h2010001;
			ram2[228] <= 32'h1010101;
			ram2[229] <= 32'h1010200;
			ram2[230] <= 32'h1020100;
			ram2[231] <= 32'h2010100;
			ram2[232] <= 32'h1020001;
			ram2[233] <= 32'h1020100;
			ram2[234] <= 32'h1030000;
			ram2[235] <= 32'h2020000;
			ram2[236] <= 32'h2010001;
			ram2[237] <= 32'h2010100;
			ram2[238] <= 32'h2020000;
			ram2[239] <= 32'h3010000;
			ram2[240] <= 32'h2000002;
			ram2[241] <= 32'h2000101;
			ram2[242] <= 32'h2010001;
			ram2[243] <= 32'h3000001;
			ram2[244] <= 32'h2000101;
			ram2[245] <= 32'h2000200;
			ram2[246] <= 32'h2010100;
			ram2[247] <= 32'h3000100;
			ram2[248] <= 32'h2010001;
			ram2[249] <= 32'h2010100;
			ram2[250] <= 32'h2020000;
			ram2[251] <= 32'h3010000;
			ram2[252] <= 32'h3000001;
			ram2[253] <= 32'h3000100;
			ram2[254] <= 32'h3010000;
			ram2[255] <= 32'h4000000;
		end
	
	end
      
endmodule


module Pipe(
	input stall,
	input Clk_32UI,
	input [63:0] ik_x0, ik_x1, ik_x2,
	input forward_all_done,
	input [5:0] status,
	
	output reg [63:0] ik_x0_pipe, ik_x1_pipe, ik_x2_pipe,
	output reg [63:0] ik_x0_L0_ik_x2_L0_A,
	output reg [63:0] ik_x1_L0_ik_x2_L0_B,
	output reg [5:0] status_pipe,
	output reg forward_all_done_pipe
);
	
	reg [63:0] ik_x0_L1, ik_x1_L1, ik_x2_L1;
	reg [63:0] ik_x0_L2, ik_x1_L2, ik_x2_L2;
	reg [63:0] ik_x0_L3, ik_x1_L3, ik_x2_L3;
	reg [63:0] ik_x0_L4, ik_x1_L4, ik_x2_L4;
	reg [63:0] ik_x0_L5, ik_x1_L5, ik_x2_L5;
	reg [63:0] ik_x0_L6, ik_x1_L6, ik_x2_L6;
	
	reg forward_all_done_L1;
	reg forward_all_done_L2;
	reg forward_all_done_L3;
	reg forward_all_done_L4;
	reg forward_all_done_L5;
	reg forward_all_done_L6;
	
	reg [5:0] status_L0, status_L1, status_L2, status_L3, status_L4, status_L5, status_L6;

	always @ (posedge Clk_32UI) begin
	if(!stall) begin
		ik_x0_L1 <= ik_x0;
		ik_x1_L1 <= ik_x1;
		ik_x2_L1 <= ik_x2;
		forward_all_done_L1 <= forward_all_done;
		status_L1 <= status;
	end
	end
	
	always @ (posedge Clk_32UI) begin
	if(!stall) begin
		ik_x0_L2 <= ik_x0_L1;
		ik_x1_L2 <= ik_x1_L1;
		ik_x2_L2 <= ik_x2_L1;
		forward_all_done_L2 <= forward_all_done_L1;
		status_L2 <= status_L1;
	end
	end
	
	always @ (posedge Clk_32UI) begin
	if(!stall) begin
		ik_x0_L3 <= ik_x0_L2;
		ik_x1_L3 <= ik_x1_L2;
		ik_x2_L3 <= ik_x2_L2;
		forward_all_done_L3 <= forward_all_done_L2;
		status_L3 <= status_L2;

	end
	end
	
	always @ (posedge Clk_32UI) begin
		if(!stall) begin
		ik_x0_L4 <= ik_x0_L3;
		ik_x1_L4 <= ik_x1_L3;
		ik_x2_L4 <= ik_x2_L3;
		forward_all_done_L4 <= forward_all_done_L3;
		status_L4 <= status_L3;

		end
	end
	always @ (posedge Clk_32UI) begin
	if(!stall) begin
		ik_x0_L5 <= ik_x0_L4;
		ik_x1_L5 <= ik_x1_L4;
		ik_x2_L5 <= ik_x2_L4;
		forward_all_done_L5 <= forward_all_done_L4;
		status_L5 <= status_L4;

		end
	end
	always @ (posedge Clk_32UI) begin
	if(!stall) begin
		ik_x0_L6 <= ik_x0_L5;
		ik_x1_L6 <= ik_x1_L5;
		ik_x2_L6 <= ik_x2_L5;
		forward_all_done_L6 <= forward_all_done_L5;
		status_L6 <= status_L5;

		end
	end
	always @ (posedge Clk_32UI) begin
	if(!stall) begin
		ik_x0_pipe <= ik_x0_L6;
		ik_x1_pipe <= ik_x1_L6;
		ik_x2_pipe <= ik_x2_L6;
		forward_all_done_pipe <= forward_all_done_L6;
		status_pipe <= status_L6;
		
		ik_x0_L0_ik_x2_L0_A <= ik_x0_L6 + ik_x2_L6;
		ik_x1_L0_ik_x2_L0_B <= ik_x1_L6 + ik_x2_L6;
	end
	end
endmodule